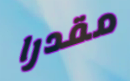
مقدرا